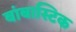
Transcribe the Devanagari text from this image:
बांबास्टिक